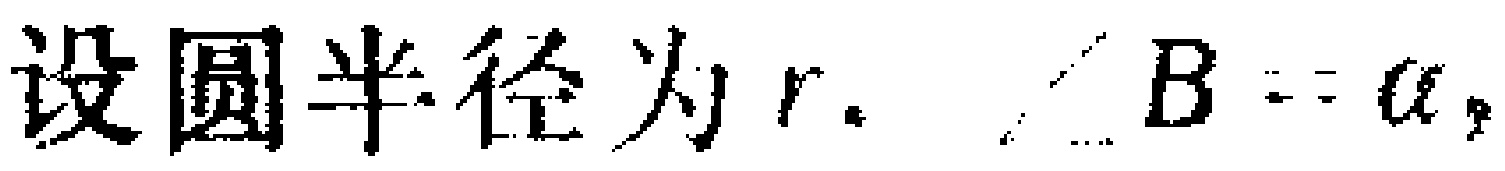
设圆半径为\(r\)，\(\angle B = \alpha\)，